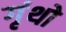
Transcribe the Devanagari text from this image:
गृंथो